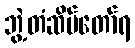
ဘွဲ့တံဆိပ်တော်ရ